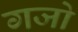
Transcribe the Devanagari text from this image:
गजो